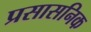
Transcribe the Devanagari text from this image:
प्रसासनिक